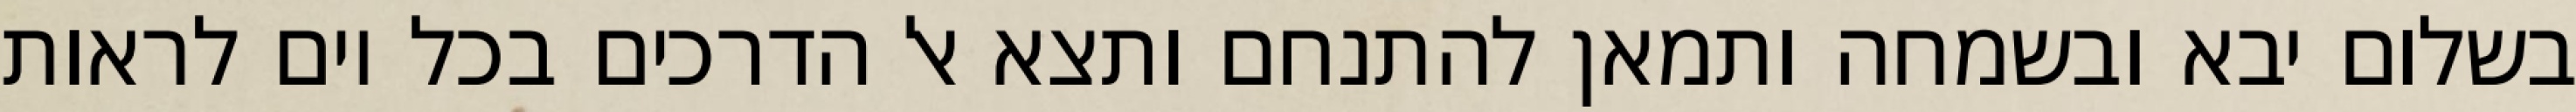
בשלום יבא ובשמחה ותמאן להתנחם ותצא אל הדרכים בכל יום לראות